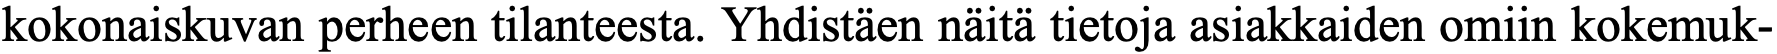
kokonaiskuvan perheen tilanteesta. Yhdistäen näitä tietoja asiakkaiden omiin kokemuk-